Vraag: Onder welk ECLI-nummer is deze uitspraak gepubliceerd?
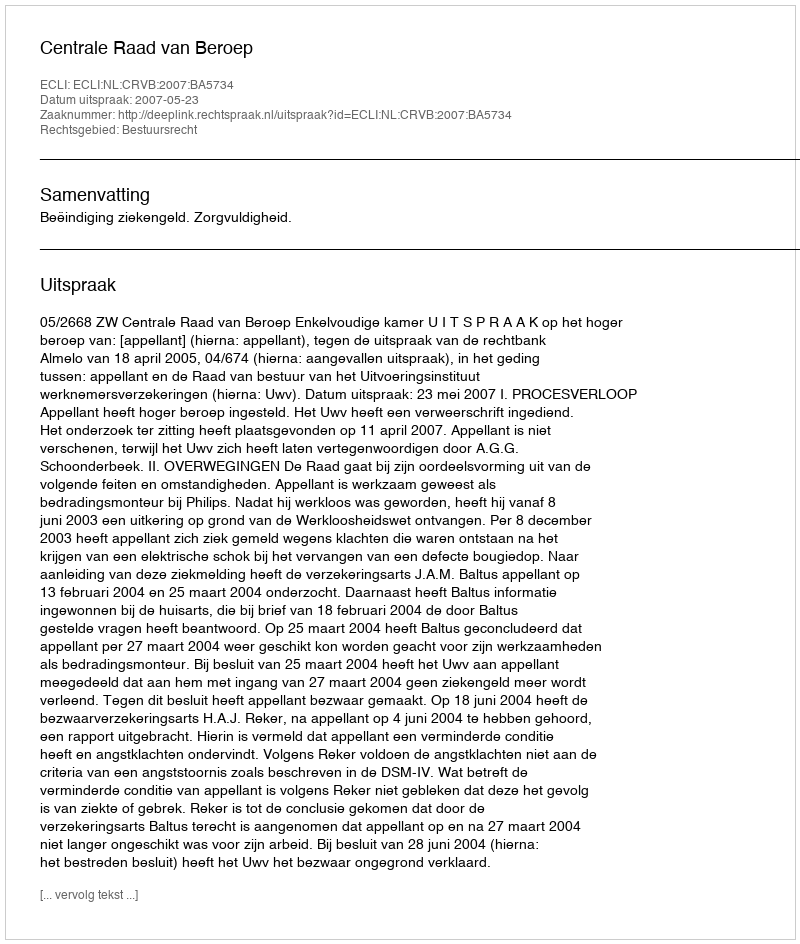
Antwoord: ECLI:NL:CRVB:2007:BA5734